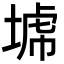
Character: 𡎍